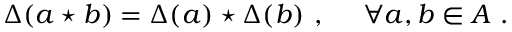
\Delta ( a \star b ) = \Delta ( a ) \star \Delta ( b ) ~ , ~ ~ ~ ~ \forall a , b \in A ~ .